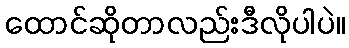
ထောင်ဆိုတာလည်းဒီလိုပါပဲ။